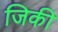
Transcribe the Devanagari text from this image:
जिकी